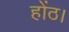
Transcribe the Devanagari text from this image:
होंठ।